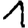
Digit: 1